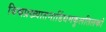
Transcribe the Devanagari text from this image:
विश्वप्रख्यातनाडिंधमकुलतिलको